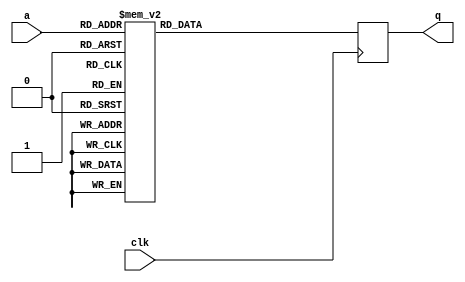
module tboxe2(input wire clk,
              input wire [7:0] a,
              output reg [31:0] q);

   always @(posedge clk)
     case (a)
	8'd0: q = 32'h63a5c663;
	8'd1: q = 32'h7c84f87c;
	8'd2: q = 32'h7799ee77;
	8'd3: q = 32'h7b8df67b;
	8'd4: q = 32'hf20dfff2;
	8'd5: q = 32'h6bbdd66b;
	8'd6: q = 32'h6fb1de6f;
	8'd7: q = 32'hc55491c5;
	8'd8: q = 32'h30506030;
	8'd9: q = 32'h1030201;
	8'd10: q = 32'h67a9ce67;
	8'd11: q = 32'h2b7d562b;
	8'd12: q = 32'hfe19e7fe;
	8'd13: q = 32'hd762b5d7;
	8'd14: q = 32'habe64dab;
	8'd15: q = 32'h769aec76;
	8'd16: q = 32'hca458fca;
	8'd17: q = 32'h829d1f82;
	8'd18: q = 32'hc94089c9;
	8'd19: q = 32'h7d87fa7d;
	8'd20: q = 32'hfa15effa;
	8'd21: q = 32'h59ebb259;
	8'd22: q = 32'h47c98e47;
	8'd23: q = 32'hf00bfbf0;
	8'd24: q = 32'hadec41ad;
	8'd25: q = 32'hd467b3d4;
	8'd26: q = 32'ha2fd5fa2;
	8'd27: q = 32'hafea45af;
	8'd28: q = 32'h9cbf239c;
	8'd29: q = 32'ha4f753a4;
	8'd30: q = 32'h7296e472;
	8'd31: q = 32'hc05b9bc0;
	8'd32: q = 32'hb7c275b7;
	8'd33: q = 32'hfd1ce1fd;
	8'd34: q = 32'h93ae3d93;
	8'd35: q = 32'h266a4c26;
	8'd36: q = 32'h365a6c36;
	8'd37: q = 32'h3f417e3f;
	8'd38: q = 32'hf702f5f7;
	8'd39: q = 32'hcc4f83cc;
	8'd40: q = 32'h345c6834;
	8'd41: q = 32'ha5f451a5;
	8'd42: q = 32'he534d1e5;
	8'd43: q = 32'hf108f9f1;
	8'd44: q = 32'h7193e271;
	8'd45: q = 32'hd873abd8;
	8'd46: q = 32'h31536231;
	8'd47: q = 32'h153f2a15;
	8'd48: q = 32'h40c0804;
	8'd49: q = 32'hc75295c7;
	8'd50: q = 32'h23654623;
	8'd51: q = 32'hc35e9dc3;
	8'd52: q = 32'h18283018;
	8'd53: q = 32'h96a13796;
	8'd54: q = 32'h50f0a05;
	8'd55: q = 32'h9ab52f9a;
	8'd56: q = 32'h7090e07;
	8'd57: q = 32'h12362412;
	8'd58: q = 32'h809b1b80;
	8'd59: q = 32'he23ddfe2;
	8'd60: q = 32'heb26cdeb;
	8'd61: q = 32'h27694e27;
	8'd62: q = 32'hb2cd7fb2;
	8'd63: q = 32'h759fea75;
	8'd64: q = 32'h91b1209;
	8'd65: q = 32'h839e1d83;
	8'd66: q = 32'h2c74582c;
	8'd67: q = 32'h1a2e341a;
	8'd68: q = 32'h1b2d361b;
	8'd69: q = 32'h6eb2dc6e;
	8'd70: q = 32'h5aeeb45a;
	8'd71: q = 32'ha0fb5ba0;
	8'd72: q = 32'h52f6a452;
	8'd73: q = 32'h3b4d763b;
	8'd74: q = 32'hd661b7d6;
	8'd75: q = 32'hb3ce7db3;
	8'd76: q = 32'h297b5229;
	8'd77: q = 32'he33edde3;
	8'd78: q = 32'h2f715e2f;
	8'd79: q = 32'h84971384;
	8'd80: q = 32'h53f5a653;
	8'd81: q = 32'hd168b9d1;
	8'd82: q = 32'h0;
	8'd83: q = 32'hed2cc1ed;
	8'd84: q = 32'h20604020;
	8'd85: q = 32'hfc1fe3fc;
	8'd86: q = 32'hb1c879b1;
	8'd87: q = 32'h5bedb65b;
	8'd88: q = 32'h6abed46a;
	8'd89: q = 32'hcb468dcb;
	8'd90: q = 32'hbed967be;
	8'd91: q = 32'h394b7239;
	8'd92: q = 32'h4ade944a;
	8'd93: q = 32'h4cd4984c;
	8'd94: q = 32'h58e8b058;
	8'd95: q = 32'hcf4a85cf;
	8'd96: q = 32'hd06bbbd0;
	8'd97: q = 32'hef2ac5ef;
	8'd98: q = 32'haae54faa;
	8'd99: q = 32'hfb16edfb;
	8'd100: q = 32'h43c58643;
	8'd101: q = 32'h4dd79a4d;
	8'd102: q = 32'h33556633;
	8'd103: q = 32'h85941185;
	8'd104: q = 32'h45cf8a45;
	8'd105: q = 32'hf910e9f9;
	8'd106: q = 32'h2060402;
	8'd107: q = 32'h7f81fe7f;
	8'd108: q = 32'h50f0a050;
	8'd109: q = 32'h3c44783c;
	8'd110: q = 32'h9fba259f;
	8'd111: q = 32'ha8e34ba8;
	8'd112: q = 32'h51f3a251;
	8'd113: q = 32'ha3fe5da3;
	8'd114: q = 32'h40c08040;
	8'd115: q = 32'h8f8a058f;
	8'd116: q = 32'h92ad3f92;
	8'd117: q = 32'h9dbc219d;
	8'd118: q = 32'h38487038;
	8'd119: q = 32'hf504f1f5;
	8'd120: q = 32'hbcdf63bc;
	8'd121: q = 32'hb6c177b6;
	8'd122: q = 32'hda75afda;
	8'd123: q = 32'h21634221;
	8'd124: q = 32'h10302010;
	8'd125: q = 32'hff1ae5ff;
	8'd126: q = 32'hf30efdf3;
	8'd127: q = 32'hd26dbfd2;
	8'd128: q = 32'hcd4c81cd;
	8'd129: q = 32'hc14180c;
	8'd130: q = 32'h13352613;
	8'd131: q = 32'hec2fc3ec;
	8'd132: q = 32'h5fe1be5f;
	8'd133: q = 32'h97a23597;
	8'd134: q = 32'h44cc8844;
	8'd135: q = 32'h17392e17;
	8'd136: q = 32'hc45793c4;
	8'd137: q = 32'ha7f255a7;
	8'd138: q = 32'h7e82fc7e;
	8'd139: q = 32'h3d477a3d;
	8'd140: q = 32'h64acc864;
	8'd141: q = 32'h5de7ba5d;
	8'd142: q = 32'h192b3219;
	8'd143: q = 32'h7395e673;
	8'd144: q = 32'h60a0c060;
	8'd145: q = 32'h81981981;
	8'd146: q = 32'h4fd19e4f;
	8'd147: q = 32'hdc7fa3dc;
	8'd148: q = 32'h22664422;
	8'd149: q = 32'h2a7e542a;
	8'd150: q = 32'h90ab3b90;
	8'd151: q = 32'h88830b88;
	8'd152: q = 32'h46ca8c46;
	8'd153: q = 32'hee29c7ee;
	8'd154: q = 32'hb8d36bb8;
	8'd155: q = 32'h143c2814;
	8'd156: q = 32'hde79a7de;
	8'd157: q = 32'h5ee2bc5e;
	8'd158: q = 32'hb1d160b;
	8'd159: q = 32'hdb76addb;
	8'd160: q = 32'he03bdbe0;
	8'd161: q = 32'h32566432;
	8'd162: q = 32'h3a4e743a;
	8'd163: q = 32'ha1e140a;
	8'd164: q = 32'h49db9249;
	8'd165: q = 32'h60a0c06;
	8'd166: q = 32'h246c4824;
	8'd167: q = 32'h5ce4b85c;
	8'd168: q = 32'hc25d9fc2;
	8'd169: q = 32'hd36ebdd3;
	8'd170: q = 32'hacef43ac;
	8'd171: q = 32'h62a6c462;
	8'd172: q = 32'h91a83991;
	8'd173: q = 32'h95a43195;
	8'd174: q = 32'he437d3e4;
	8'd175: q = 32'h798bf279;
	8'd176: q = 32'he732d5e7;
	8'd177: q = 32'hc8438bc8;
	8'd178: q = 32'h37596e37;
	8'd179: q = 32'h6db7da6d;
	8'd180: q = 32'h8d8c018d;
	8'd181: q = 32'hd564b1d5;
	8'd182: q = 32'h4ed29c4e;
	8'd183: q = 32'ha9e049a9;
	8'd184: q = 32'h6cb4d86c;
	8'd185: q = 32'h56faac56;
	8'd186: q = 32'hf407f3f4;
	8'd187: q = 32'hea25cfea;
	8'd188: q = 32'h65afca65;
	8'd189: q = 32'h7a8ef47a;
	8'd190: q = 32'haee947ae;
	8'd191: q = 32'h8181008;
	8'd192: q = 32'hbad56fba;
	8'd193: q = 32'h7888f078;
	8'd194: q = 32'h256f4a25;
	8'd195: q = 32'h2e725c2e;
	8'd196: q = 32'h1c24381c;
	8'd197: q = 32'ha6f157a6;
	8'd198: q = 32'hb4c773b4;
	8'd199: q = 32'hc65197c6;
	8'd200: q = 32'he823cbe8;
	8'd201: q = 32'hdd7ca1dd;
	8'd202: q = 32'h749ce874;
	8'd203: q = 32'h1f213e1f;
	8'd204: q = 32'h4bdd964b;
	8'd205: q = 32'hbddc61bd;
	8'd206: q = 32'h8b860d8b;
	8'd207: q = 32'h8a850f8a;
	8'd208: q = 32'h7090e070;
	8'd209: q = 32'h3e427c3e;
	8'd210: q = 32'hb5c471b5;
	8'd211: q = 32'h66aacc66;
	8'd212: q = 32'h48d89048;
	8'd213: q = 32'h3050603;
	8'd214: q = 32'hf601f7f6;
	8'd215: q = 32'he121c0e;
	8'd216: q = 32'h61a3c261;
	8'd217: q = 32'h355f6a35;
	8'd218: q = 32'h57f9ae57;
	8'd219: q = 32'hb9d069b9;
	8'd220: q = 32'h86911786;
	8'd221: q = 32'hc15899c1;
	8'd222: q = 32'h1d273a1d;
	8'd223: q = 32'h9eb9279e;
	8'd224: q = 32'he138d9e1;
	8'd225: q = 32'hf813ebf8;
	8'd226: q = 32'h98b32b98;
	8'd227: q = 32'h11332211;
	8'd228: q = 32'h69bbd269;
	8'd229: q = 32'hd970a9d9;
	8'd230: q = 32'h8e89078e;
	8'd231: q = 32'h94a73394;
	8'd232: q = 32'h9bb62d9b;
	8'd233: q = 32'h1e223c1e;
	8'd234: q = 32'h87921587;
	8'd235: q = 32'he920c9e9;
	8'd236: q = 32'hce4987ce;
	8'd237: q = 32'h55ffaa55;
	8'd238: q = 32'h28785028;
	8'd239: q = 32'hdf7aa5df;
	8'd240: q = 32'h8c8f038c;
	8'd241: q = 32'ha1f859a1;
	8'd242: q = 32'h89800989;
	8'd243: q = 32'hd171a0d;
	8'd244: q = 32'hbfda65bf;
	8'd245: q = 32'he631d7e6;
	8'd246: q = 32'h42c68442;
	8'd247: q = 32'h68b8d068;
	8'd248: q = 32'h41c38241;
	8'd249: q = 32'h99b02999;
	8'd250: q = 32'h2d775a2d;
	8'd251: q = 32'hf111e0f;
	8'd252: q = 32'hb0cb7bb0;
	8'd253: q = 32'h54fca854;
	8'd254: q = 32'hbbd66dbb;
	8'd255: q = 32'h163a2c16;

     endcase // case (a)
endmodule